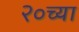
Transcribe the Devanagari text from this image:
२०च्या